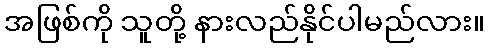
အဖြစ်ကို သူတို့ နားလည်နိုင်ပါမည်လား။